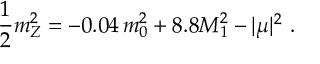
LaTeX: \frac { 1 } { 2 } m _ { Z } ^ { 2 } = - 0 . 0 4 \, m _ { 0 } ^ { 2 } + 8 . 8 M _ { 1 } ^ { 2 } - | \mu | ^ { 2 } \ .